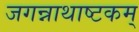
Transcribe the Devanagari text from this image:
जगन्नाथाष्टकम्